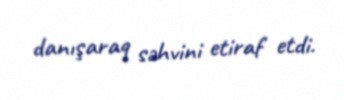
danışaraq səhvini etiraf etdi.